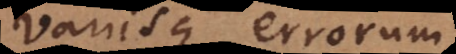
variisque errorum